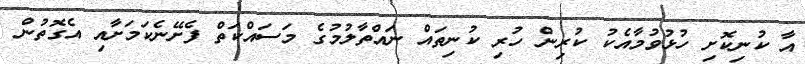
އާ ކުނިކޮށި ހުޅުވުމާއެކު ކުރިން ހުރި ކުނިތައް ނައްތާލުމުގެ މަސައްކަތް ފެށޭނެކަމަށާއި އެގޮތުން